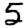
Digit: 5